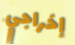
إخراجي